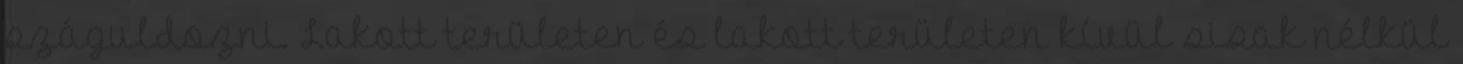
száguldozni. Lakott területen és lakott területen kívül sisak nélkül